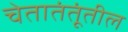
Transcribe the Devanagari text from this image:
चेतातंतूंतील